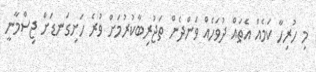
މި ހުރިހާ ކަމެއް އެތައް ދުވަހެއް ވަންދެން ތަޖުރިބާކުރުމަށް ވުރެ ހަށިގަނޑަށް ޖިސްމާނީ